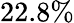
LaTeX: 22.8\%